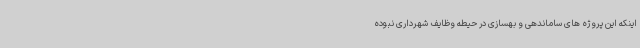
اینکه این پروژه های ساماندهی و بهسازی در حیطه وظایف شهرداری نبوده